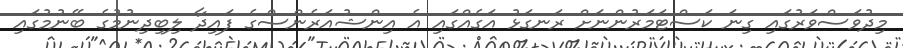
މިދުވަސްވަރުގައި ގިނަ ކަސްޓަމަރުންނަށް ރަނގަޅު އަގެއްގައި އެ އިންޝުއަރެންސްގެ ފައިދާ ލިބިދިނުމުގެ ބޭނުމުގައި